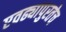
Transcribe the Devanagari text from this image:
एवढ्यापुरतेच